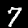
Digit: 7